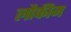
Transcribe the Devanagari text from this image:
लौफीम